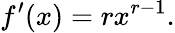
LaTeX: f^{\prime}(x)=rx^{r-1}.